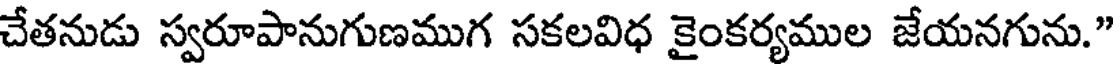
చేతనుడు స్వరూపానుగుణముగ సకలవిధ కైంకర్యముల జేయనగును."